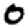
Digit: 0